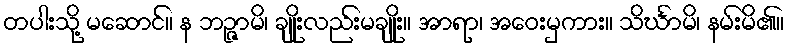
တပါးသို့ မဆောင်။ န ဘဉ္ဇာမိ၊ ချိုးလည်းမချိုး။ အာရာ၊ အဝေးမှကား။ သိင်္ဃာမိ၊ နမ်းမိ၏။